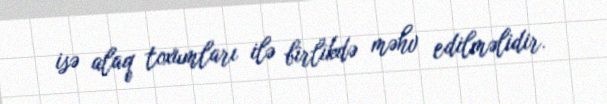
isə alaq toxumları ilə birlikdə məhv edilməlidir.